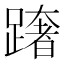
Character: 𨅓